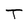
Character: T